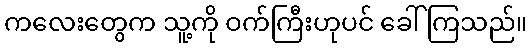
ကလေးတွေက သူ့ကို ဝက်ကြီးဟုပင် ခေါ်ကြသည်။